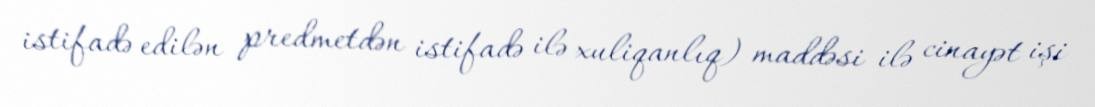
istifadə edilən predmetdən istifadə ilə xuliqanlıq) maddəsi ilə cinayət işi